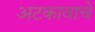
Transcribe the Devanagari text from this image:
अटकावाचे